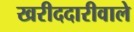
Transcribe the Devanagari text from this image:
खरीददारीवाले